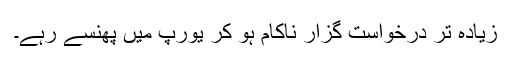
زیادہ تر درخواست گزار ناکام ہو کر یورپ میں پھنسے رہے۔